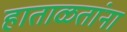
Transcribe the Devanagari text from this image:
हाताळतांना